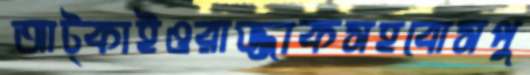
আট্‌কাইওরাজ্জাকসহবোসপু